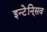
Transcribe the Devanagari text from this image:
इन्टेनि्सव